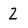
Character: 2